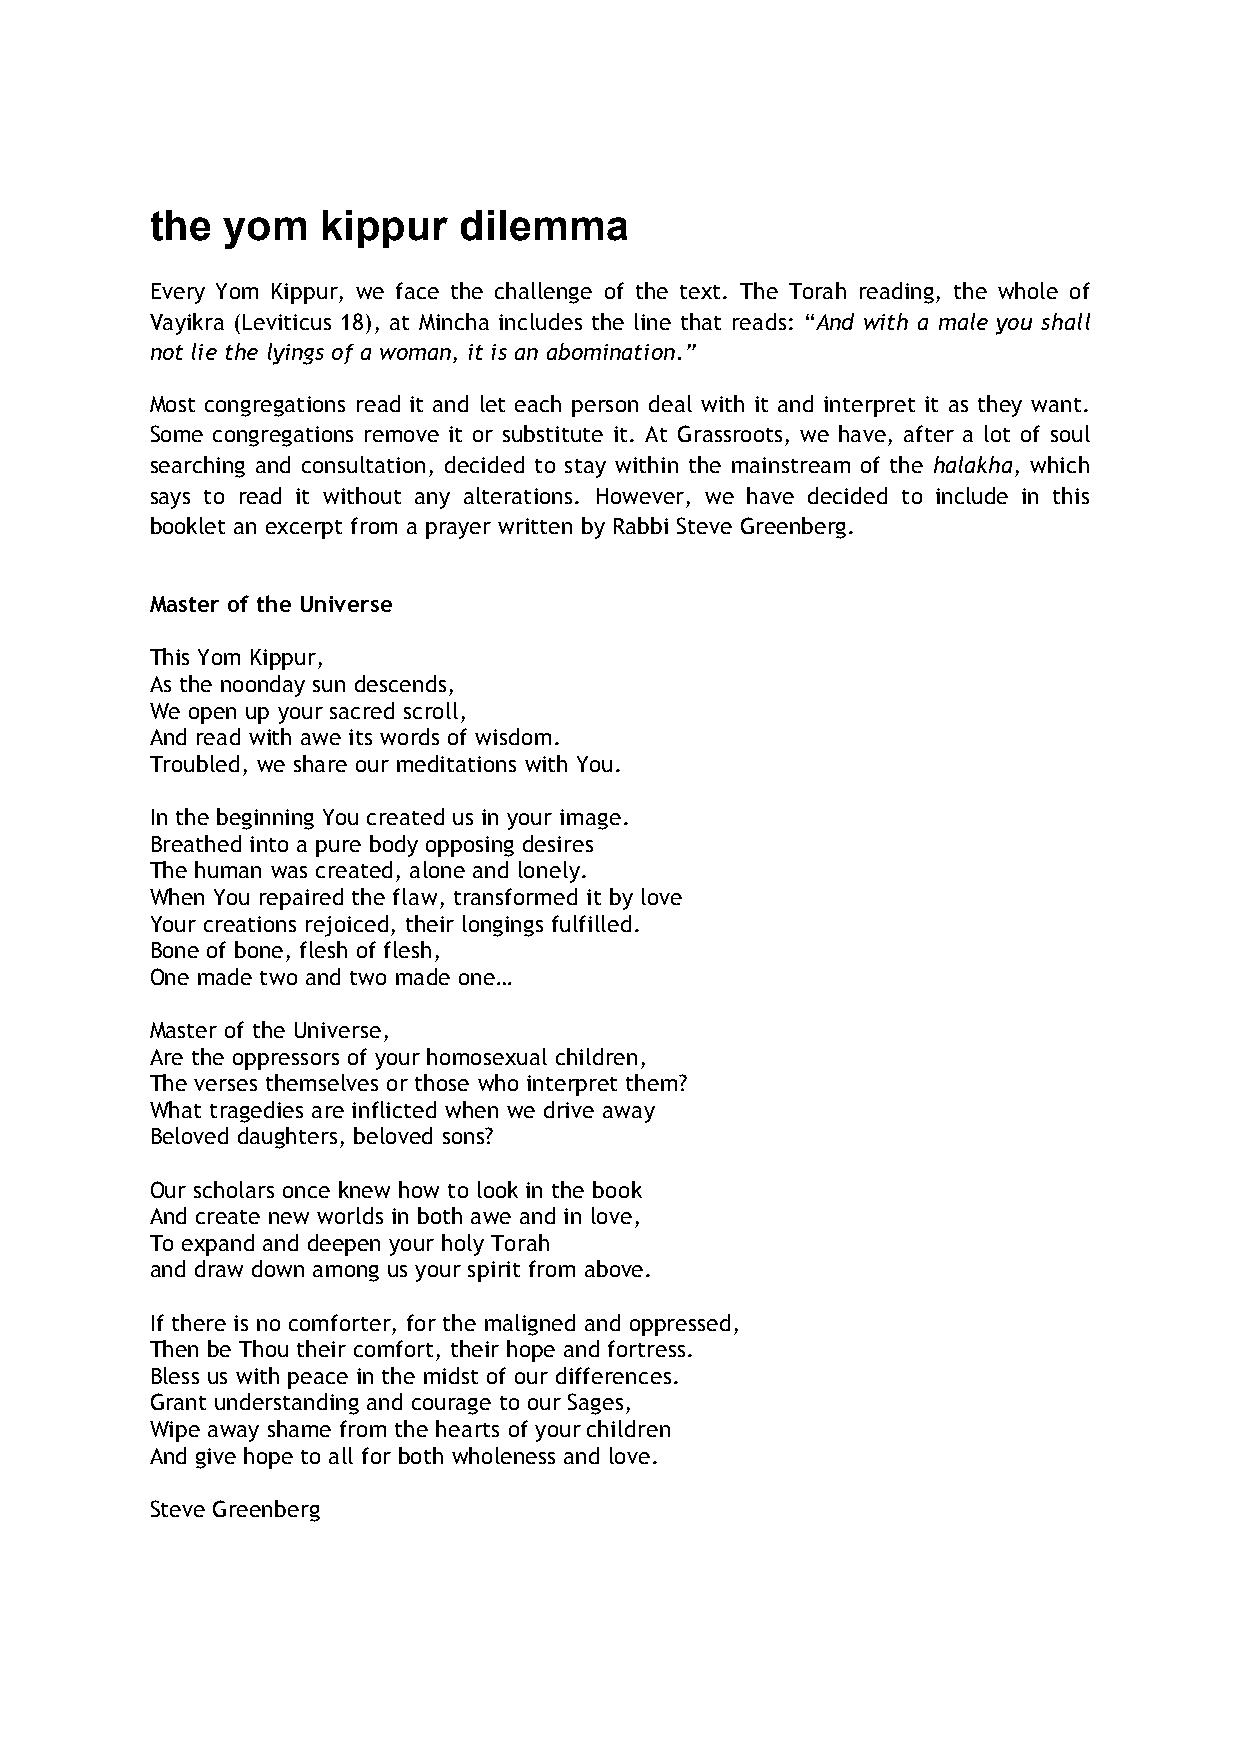
the  yom   kippur   dilemma
 Every Yom Kippur, we face the challenge of the text. The Torah reading, the whole of
 Vayikra (Leviticus 18), at Mincha includes the line that reads: “And with a male you shall
 not lie the lyings of a woman, it is an abomination.”
 Most congregations read it and let each person deal with it and interpret it as they want.
 Some congregations remove it or substitute it. At Grassroots, we have, after a lot of soul
 searching and consultation, decided to stay within the mainstream of the halakha, which
 says to read it without any alterations. However, we have decided to include in this
 booklet an excerpt from a prayer written by Rabbi Steve Greenberg.
 Master of the Universe
 This Yom Kippur,
 As the noonday sun descends,
 We open up your sacred scroll,
 And read with awe its words of wisdom.
 Troubled, we share our meditations with You.
 In the beginning You created us in your image.
 Breathed into a pure body opposing desires
 The human was created, alone and lonely.
 When You repaired the flaw, transformed it by love
 Your creations rejoiced, their longings fulfilled.
 Bone of bone, flesh of flesh,
 One made two and two made one…
 Master of the Universe,
 Are the oppressors of your homosexual children,
 The verses themselves or those who interpret them?
 What tragedies are inflicted when we drive away
 Beloved daughters, beloved sons?
 Our scholars once knew how to look in the book
 And create new worlds in both awe and in love,
 To expand and deepen your holy Torah
 and draw down among us your spirit from above.
 If there is no comforter, for the maligned and oppressed,
 Then be Thou their comfort, their hope and fortress.
 Bless us with peace in the midst of our differences.
 Grant understanding and courage to our Sages,
 Wipe away shame from the hearts of your children
 And give hope to all for both wholeness and love.
 Steve Greenberg